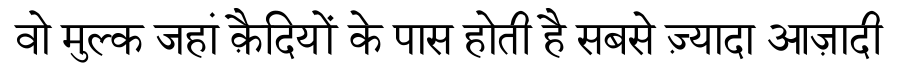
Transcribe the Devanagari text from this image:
वो मुल्क जहां क़ैदियों के पास होती है सबसे ज़्यादा आज़ादी